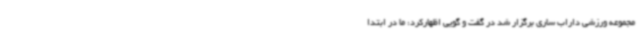
مجموعه ورزشی داراب ساری برگزار شد در گفت و گویی اظهارکرد: ما در ابتدا